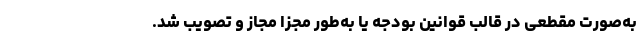
به‌صورت مقطعی در قالب قوانین بودجه یا به‌طور مجزا مجاز و تصویب شد.